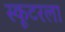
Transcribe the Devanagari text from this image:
स्कूटरला